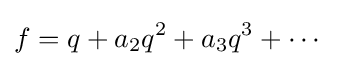
f=q+a_{2}q^{2}+a_{3}q^{3}+\cdots